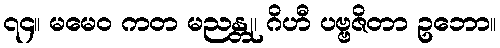
၇၄။ မမေဝ ကတ မညန္တု၊ ဂိဟီ ပဗ္ဗဇိတာ ဥဘော။